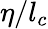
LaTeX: {\eta}/{{{l}_{c}}}